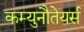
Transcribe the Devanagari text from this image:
कम्युनौतेयर्स